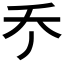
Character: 𠂚